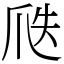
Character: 𤔅